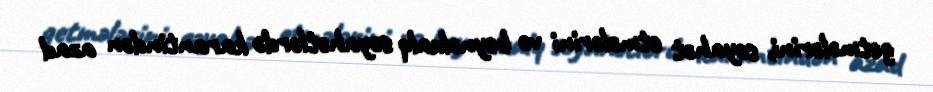
getmələrini, səyahət etmələrini və beynəlxalq səyahətlərdə karantindən azad